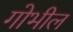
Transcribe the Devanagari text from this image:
गोभील